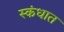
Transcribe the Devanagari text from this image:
स्कंधात